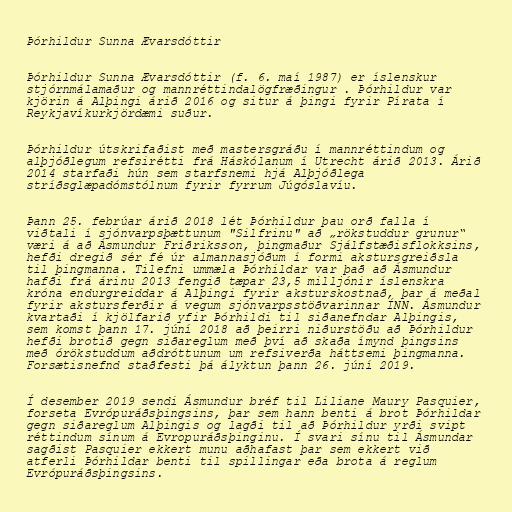
Þórhildur Sunna Ævarsdóttir

Þórhildur Sunna Ævarsdóttir (f. 6. maí 1987) er íslenskur
stjórnmálamaður og mannréttindalögfræðingur . Þórhildur var
kjörin á Alþingi árið 2016 og situr á þingi fyrir Pírata í
Reykjavíkurkjördæmi suður.

Þórhildur útskrifaðist með mastersgráðu í mannréttindum og
alþjóðlegum refsirétti frá Háskólanum í Utrecht árið 2013. Árið
2014 starfaði hún sem starfsnemi hjá Alþjóðlega
stríðsglæpadómstólnum fyrir fyrrum Júgóslavíu.

Þann 25. febrúar árið 2018 lét Þórhildur þau orð falla í
viðtali í sjónvarpsþættunum "Silfrinu" að „rökstuddur grunur“
væri á að Ásmundur Friðriksson, þingmaður Sjálfstæðisflokksins,
hefði dregið sér fé úr almannasjóðum í formi akstursgreiðsla
til þingmanna. Tilefni ummæla Þórhildar var það að Ásmundur
hafði frá árinu 2013 fengið tæpar 23,5 milljónir íslenskra
króna endurgreiddar á Alþingi fyrir aksturskostnað, þar á meðal
fyrir akstursferðir á vegum sjónvarpsstöðvarinnar ÍNN. Ásmundur
kvartaði í kjölfarið yfir Þórhildi til siðanefndar Alþingis,
sem komst þann 17. júní 2018 að þeirri niðurstöðu að Þórhildur
hefði brotið gegn siðareglum með því að skaða ímynd þingsins
með órökstuddum aðdróttunum um refsiverða háttsemi þingmanna.
Forsætisnefnd staðfesti þá ályktun þann 26. júní 2019.

Í desember 2019 sendi Ásmundur bréf til Lili­ane Maury Pasqu­i­er,
forseta Evrópuráðsþingsins, þar sem hann benti á brot Þórhildar
gegn siðareglum Alþingis og lagði til að Þórhildur yrði svipt
réttindum sínum á Evropuráðsþinginu. Í svari sínu til Ásmundar
sagðist Pasquier ekkert munu aðhafast þar sem ekkert við
atferli Þórhildar benti til spill­ing­ar eða brota á regl­um
Evr­ópuráðsþings­ins.